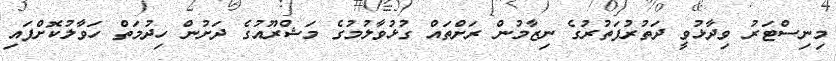
މިނިސްޓަރު ވިދާޅުވީ ދަތުރުފަތުރުގެ ނިޒާމުން ރަށްތައް ގުޅުވާލުމުގެ މަޝްރޫއުގެ ދަށުން ހިދުމަތް ހަވާލުކޮށްފައި